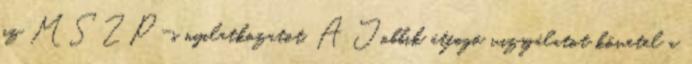
az MSZP-s nyilatkozatot. A Jobbik átfogó vizsgálatot követel a